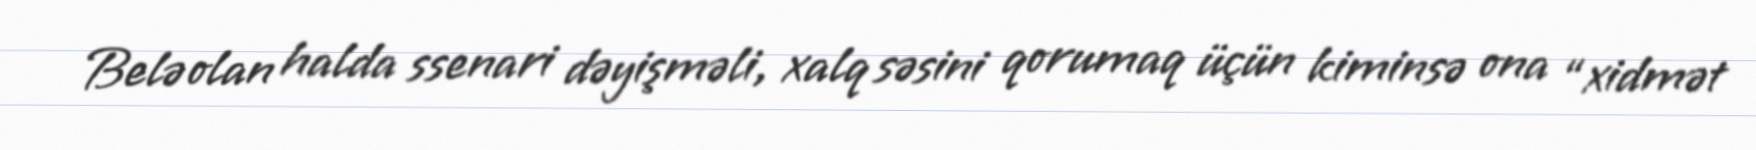
Belə olan halda ssenari dəyişməli, xalq səsini qorumaq üçün kiminsə ona “xidmət